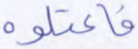
فاعتلوه